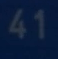
41